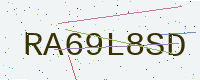
Text: RA69L8SD